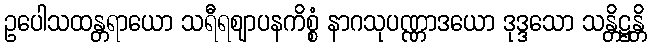
ဥပေါသထန္တရာယော သရီရဈာပနကိစ္စံ နာဂသုပဏ္ဏာဒယော ဒုဒ္ဒသော သန္တိဋ္ဌန္တိ